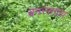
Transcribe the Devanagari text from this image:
बनरसगांव